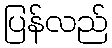
ပြန်လည်